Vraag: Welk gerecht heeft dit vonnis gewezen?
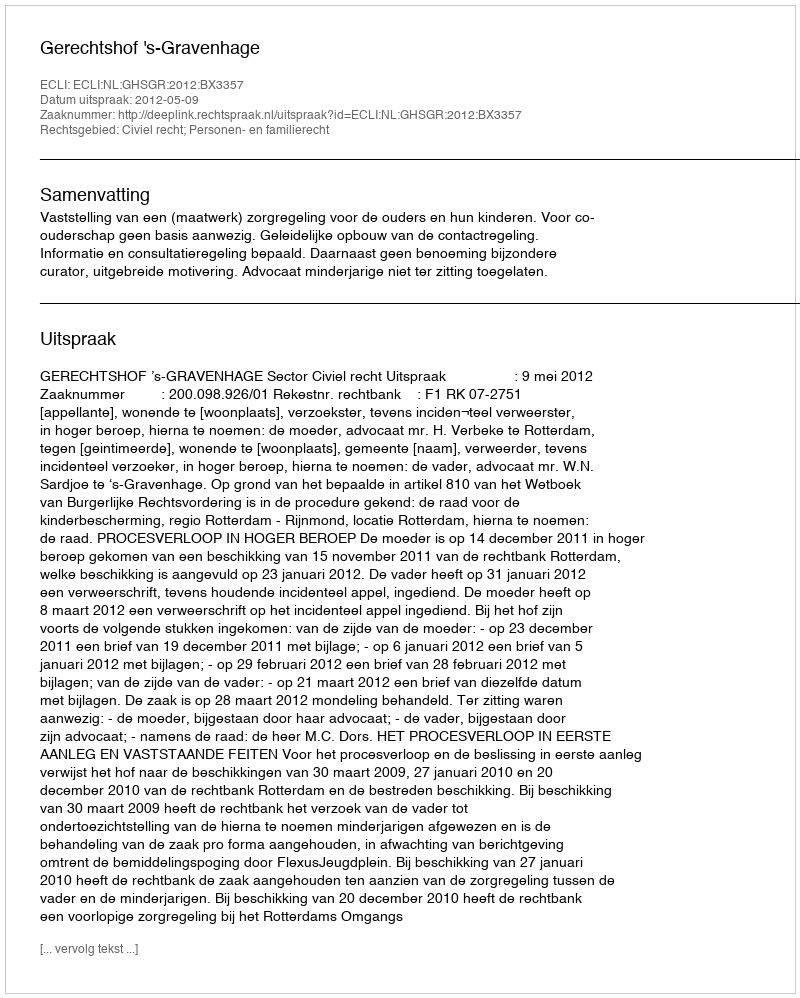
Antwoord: Gerechtshof 's-Gravenhage